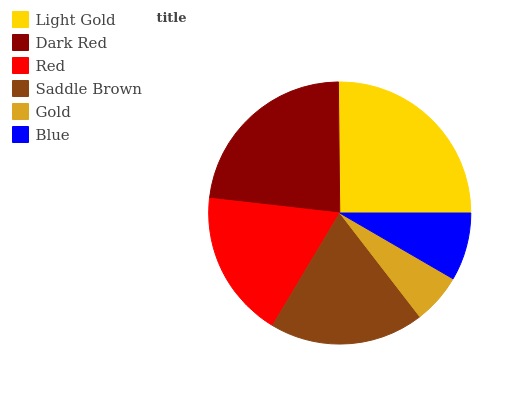
| Light Gold | Dark Red | Red | Saddle Brown | Gold | Blue |
 | --- | --- | --- | --- | --- | --- |
 | 25.1% | 23% | 18.3% | 19.1% | 6.15% | 8.36% |